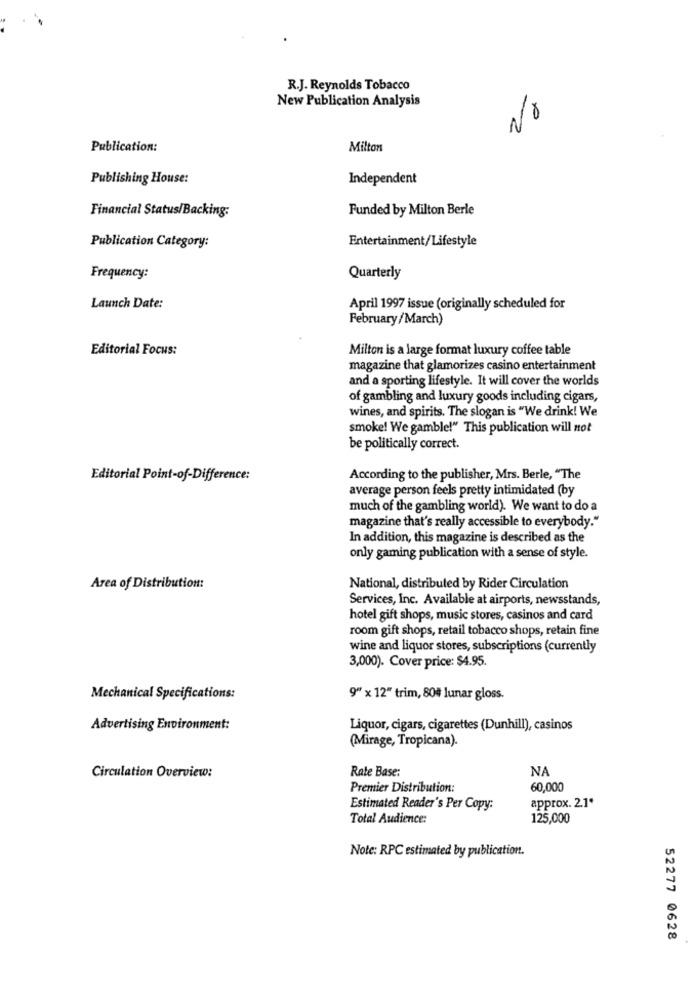
R.J. Reynolds Tobacco
New Publication Analysis
No
Publication:
Milton
Publishing House:
Independent
Financial Status/Backing:
Funded by Milton Berle
Entertainment/Lifestyle
Publication Category:
Frequency:
Quarterly
Launch Date:
April 1997 issue (originally scheduled for
February/March)
Editorial Focus:
Milton is a large format luxury coffee table
magazine that glamorizes casino entertainment
and a sporting lifestyle. It will cover the worlds
of gambling and luxury goods including cigars,
wines, and spirits. The slogan is "We drink! We
smoke! We gamble!" This publication will not
be politically correct.
Editorial Point-of-Difference:
According to the publisher, Mrs. Berle, "The
average person feels pretty intimidated (by
much of the gambling world). We want to do a
magazine that's really accessible to everybody."
In addition, this magazine is described as the
only gaming publication with a sense of style.
Area of Distribution:
National, distributed by Rider Circulation
Services, Inc. Available at airports, newsstands,
hotel gift shops, music stores, casinos and card
room gift shops, retail tobacco shops, retain fine
wine and liquor stores, subscriptions (currently
3,000). Cover price: $4.95.
Mechanical Specifications:
9" x 12" trim, 804 lunar gloss.
Advertising Environment:
Liquor, cigars, cigarettes (Dunhill), casinos
(Mirage, Tropicana).
Rate Base:
NA
Circulation Overview:
Premier Distribution:
60,000
Estimated Reader's Per Copy:
approx. 2.1*
Total Audience:
125,000
Note: RPC estimated by publication.
52277 0628